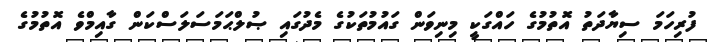
ފުރިހަމަ ސިޔާދަތު އޮތުމުގެ ހައްގަކީ މިނިވަން ގައުމުތަކުގެ މެދުގައި ޞުލްޙަމަސަލަސްކަން ގާއިމްވެ އޮތުމުގެ